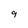
Character: 9